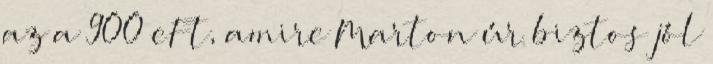
az a 900 eFt, amire Marton úr biztos jól